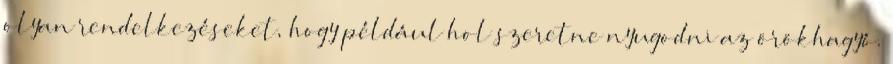
olyan rendelkezéseket, hogy például hol szeretne nyugodni az örökhagyó.